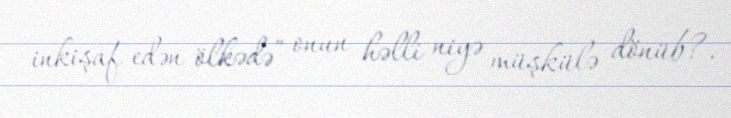
inkişaf edən ölkədə” onun həlli niyə müşkülə dönüb?.